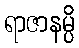
ရာဇာနမ္ပိ